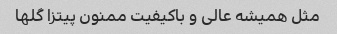
مثل همیشه عالی و باکیفیت ممنون پیتزا گلها